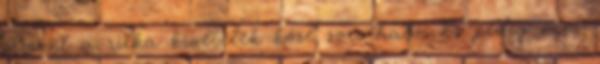
viszont a ritka kivételek közé sorolható. Ez pedig nem